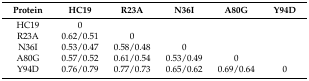
<table><thead><tr><td><b>Protein</b></td><td><b>HC19</b></td><td><b>R23A</b></td><td><b>N36I</b></td><td><b>A80G</b></td><td><b>Y94D</b></td></tr></thead><tbody><tr><td>HC19</td><td>0</td><td></td><td></td><td></td><td></td></tr><tr><td>R23A</td><td>0.62/0.51</td><td>0</td><td></td><td></td><td></td></tr><tr><td>N36I</td><td>0.53/0.47</td><td>0.58/0.48</td><td>0</td><td></td><td></td></tr><tr><td>A80G</td><td>0.57/0.52</td><td>0.61/0.54</td><td>0.53/0.49</td><td>0</td><td></td></tr><tr><td>Y94D</td><td>0.76/0.79</td><td>0.77/0.73</td><td>0.65/0.62</td><td>0.69/0.64</td><td>0</td></tr></tbody></table>